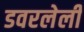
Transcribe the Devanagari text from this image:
डवरलेली